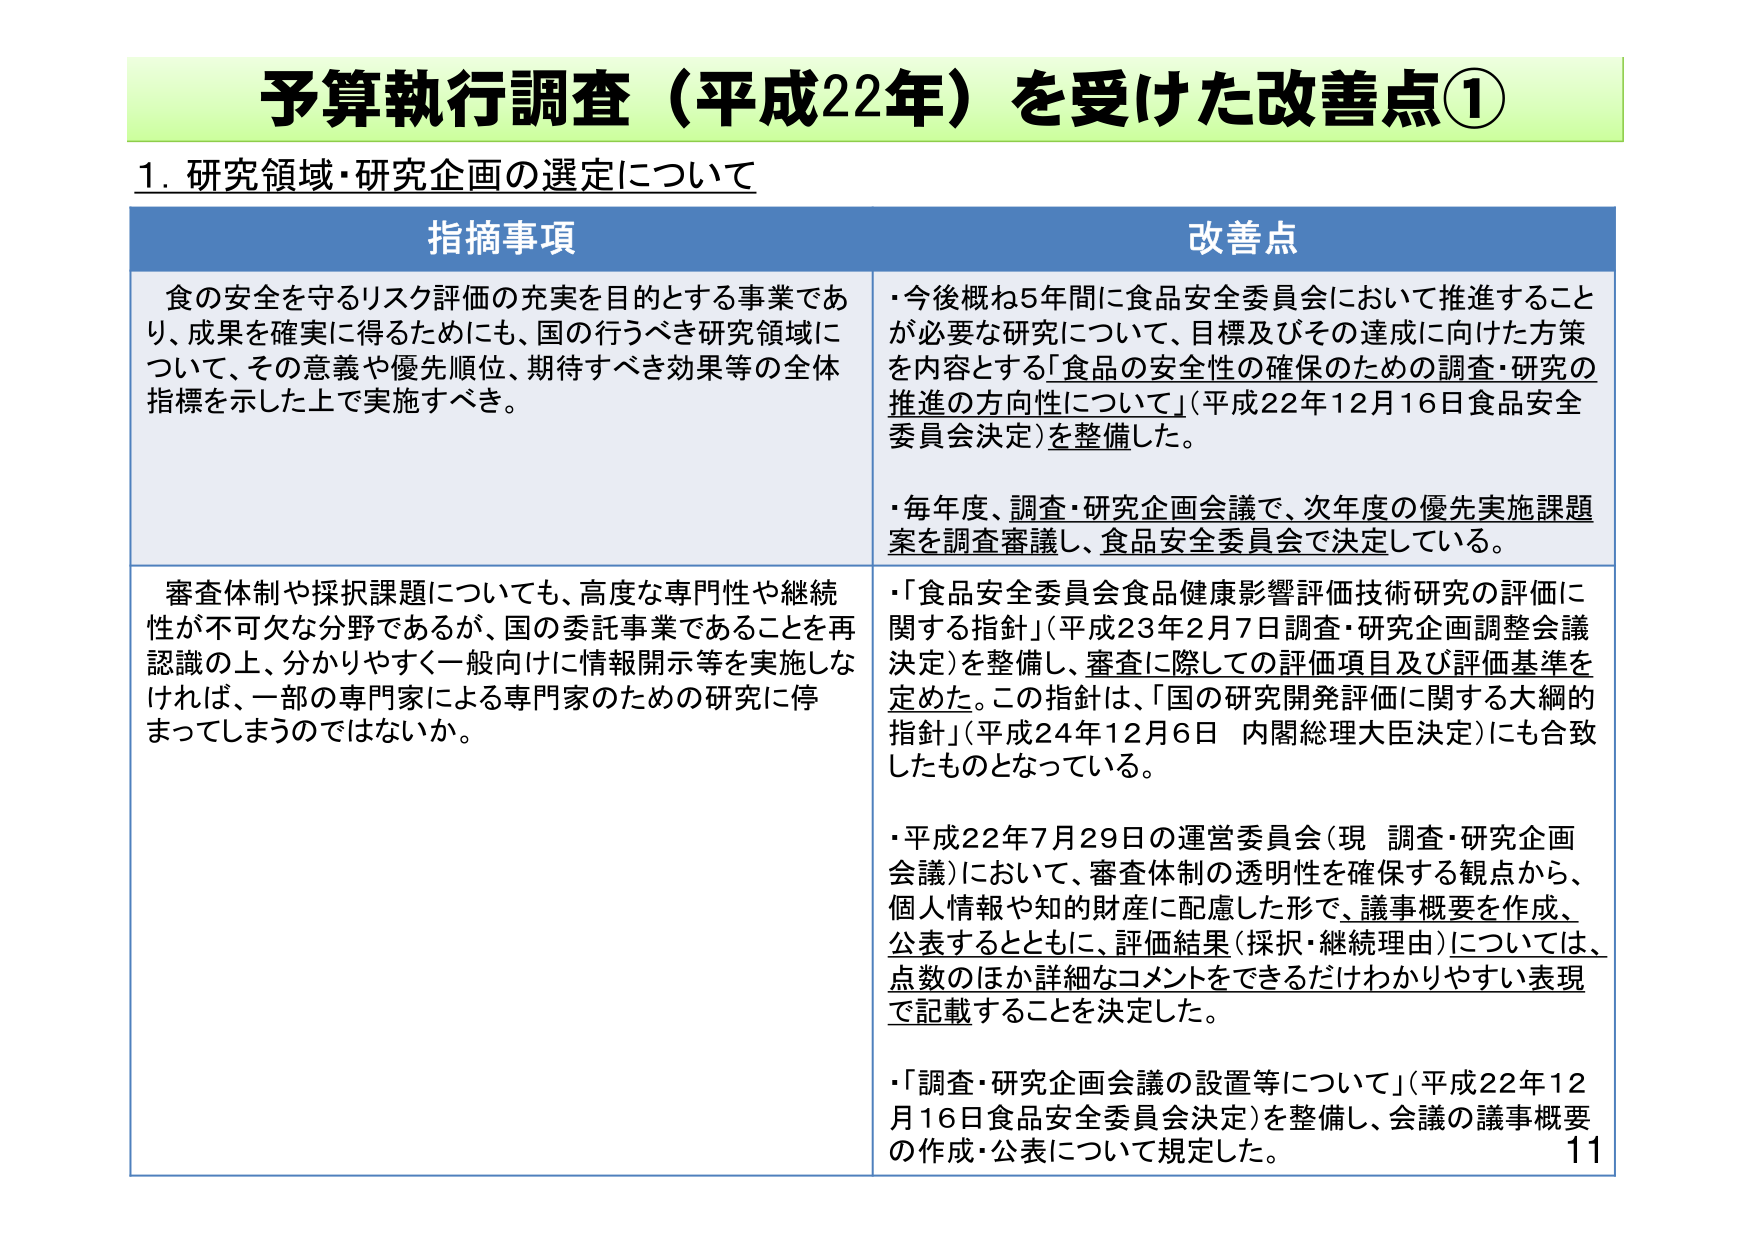
予算執行調査（平成22年）を受けた改善点①

1. 研究領域・研究企画の選定について

指摘事項
食の安全を守るリスク評価の充実を目的とする事業であり、成果を確実に得るためにも、国の行うべき研究領域について、その意義や優先順位、期待すべき効果等の全体指標を示した上で実施すべき。

改善点
・今後概ね5年間に食品安全委員会において推進することが必要な研究について、目標及びその達成に向けた方策を内容とする「食品の安全性の確保のための調査・研究の推進の方向性について」（平成22年12月16日食品安全委員会決定）を整備した。
・毎年度、調査・研究企画会議で、次年度の優先実施課題案を調査審議し、食品安全委員会で決定している。

指摘事項
審査体制や採択課題についても、高度な専門性や継続性が不可欠な分野であるが、国の委託事業であることを再認識の上、分かりやすく一般向けに情報開示等を実施しなければ、一部の専門家による専門家のための研究に停まってしまうのではないか。

改善点
・「食品安全委員会食品健康影響評価技術研究の評価に関する指針」（平成23年2月7日調査・研究企画調整会議決定）を整備し、審査に際しての評価項目及び評価基準を定めた。この指針は、「国の研究開発評価に関する大綱的指針」（平成24年12月6日 内閣総理大臣決定）にも合致したものとなっている。
・平成22年7月29日の運営委員会（現 調査・研究企画会議）において、審査体制の透明性を確保する観点から、個人情報や知的財産に配慮した形で、議事概要を作成、公表するとともに、評価結果（採択・継続理由）については、点数のほか詳細なコメントをできるだけわかりやすい表現で記載することを決定した。
・「調査・研究企画会議の設置等について」（平成22年12月16日食品安全委員会決定）を整備し、会議の議事概要の作成・公表について規定した。

11